Leaving Certificate Examination, 1910
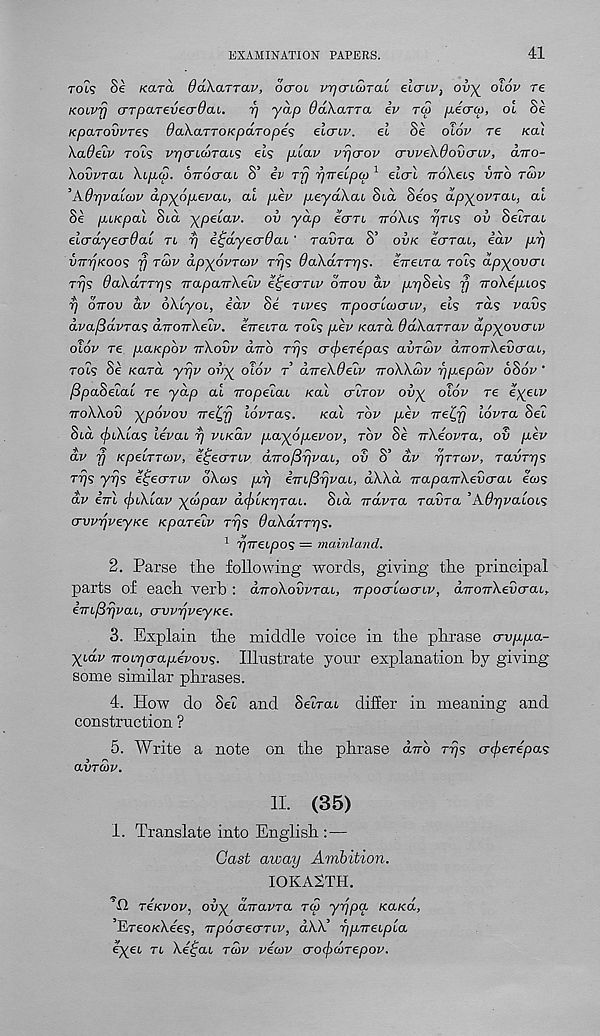
EXAMINATION PAPERS.
41
rots §e /card daXaTTav, ocroi vrjoriMTai elcnv } oir^ olov re
Koivrj crTparevecrOou. rj y<ip daXarra iv toj pAcrop, ol 8e
KptXTOvvTes OaCkaTTOKpaTopes eicriv. el Se olov re leal
Xadeiv rois vrjcruoTaLS els p,lav vrjcrov ervvekdovcnv, dvro-
Xovvtcu Xipicp. OTTOcrcu S’ iv rfj r/rretpu) 1 elcrl iroXees vrrb rcov
’Adrjvalcov dpyop.evac, al p,ev peyaXai Slol Seos dpyovrai, al
Se puiepal Sid ypelav. ov ydp ecrri rroXis rjns ov Seiran
elcrdyecrOal ri rj i^dyecrdou' ravra S’ ovk ecrrcu, edv prj
viTTjKoos fj roiv dpyovrcov rrjs daXdrrrjs- erreira rols dpyovcri
rrjs daXarryjs rrapcurXelv e^eernv ottov dv ppSels y rrokepnos
y ottov dv dXiyoi, edv Se nves rrpoaluxriv, els rds vavs
dvafSdvrcis drroTrXelv. eVetra rols pev /card ddXarrav dpyovcriv
olov re pciKpbv rrXovv aTro rrjs <Trf>erepas avrojv aTroTrXevcrai,
rols Se /card yrjv ovy olov r direkdelv rroWdiv yp.epdv 6S6v '
/SpaSelal re ydp al iropelai Kal crlrov ovy oiov re eyeiv
rroXXov ypovov rrelyrj lavras.
Kal rbv p.ev rre^fj lovra Sel
Sid (piXlas levai y viKav p.ayop.evov, rbv Se irkeovra, ov p.ev
dv y Kpelrrcov, e^eanv dirofiyvai, ov S’ dv yrrcov, ravrys
rys yys e^ecrnv oXcos py iiri^yvai, dXXd rraparrXevcrai ecus
dv ini (ftiXlav ya>pav dcfriKyrai. Sid ndvra ravra ’Adyvaiois
(TvvyveyKe Kparelv rys daXdrrys.
1 yneipos = mainland.
2. Parse the following words, giving the principal
parts of each verb : drroXovvrai, rrpoalcocriv, dnonXedcrai,
im/Syvai, avvyveyKe.
3. Explain the middle voice in the phrase o-vp-pa-
yidv noiyo-apevovs. Illustrate your explanation by giving-
some similar phrases.
4. How do Set and Setrai differ in meaning and
construction ?
5. Write a note on the phrase dnb rys erfyerepas
avrdv.
II. (35)
I. Translate into English :—
Cast away Ambition.
IOKAXTH.
’id reKvov, ovy dnavra rev yypa KaKa,
’TLreoKXees, npoaecmv, dXX’ ypneipla
eyei n Xeipai rcov vecov aoe^dnepov.